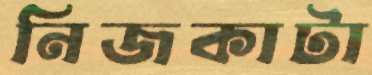
নিজকাটা